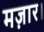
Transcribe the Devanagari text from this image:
मज़ार।